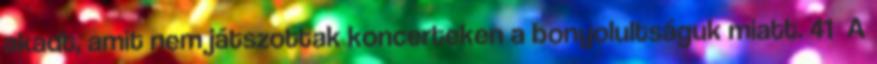
akadt, amit nem játszottak koncerteken a bonyolultságuk miatt. 41 A